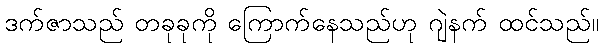
ဒက်ဇာသည် တခုခုကို ကြောက်နေသည်ဟု ဂျဲနက် ထင်သည်။